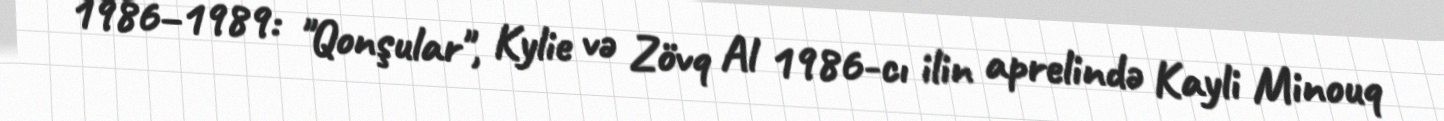
1986–1989: "Qonşular", Kylie və Zövq Al 1986-cı ilin aprelində Kayli Minouq